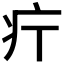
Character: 𤴫